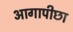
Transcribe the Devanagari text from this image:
आगापीछा